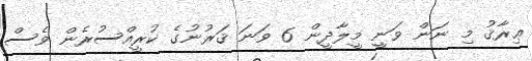
ޢިރާޤު މި ނަން ވަނީ މީލާދީން 6 ވަނަ ޤަރުނުގެ ކުރީއްސުރެން ވެސް